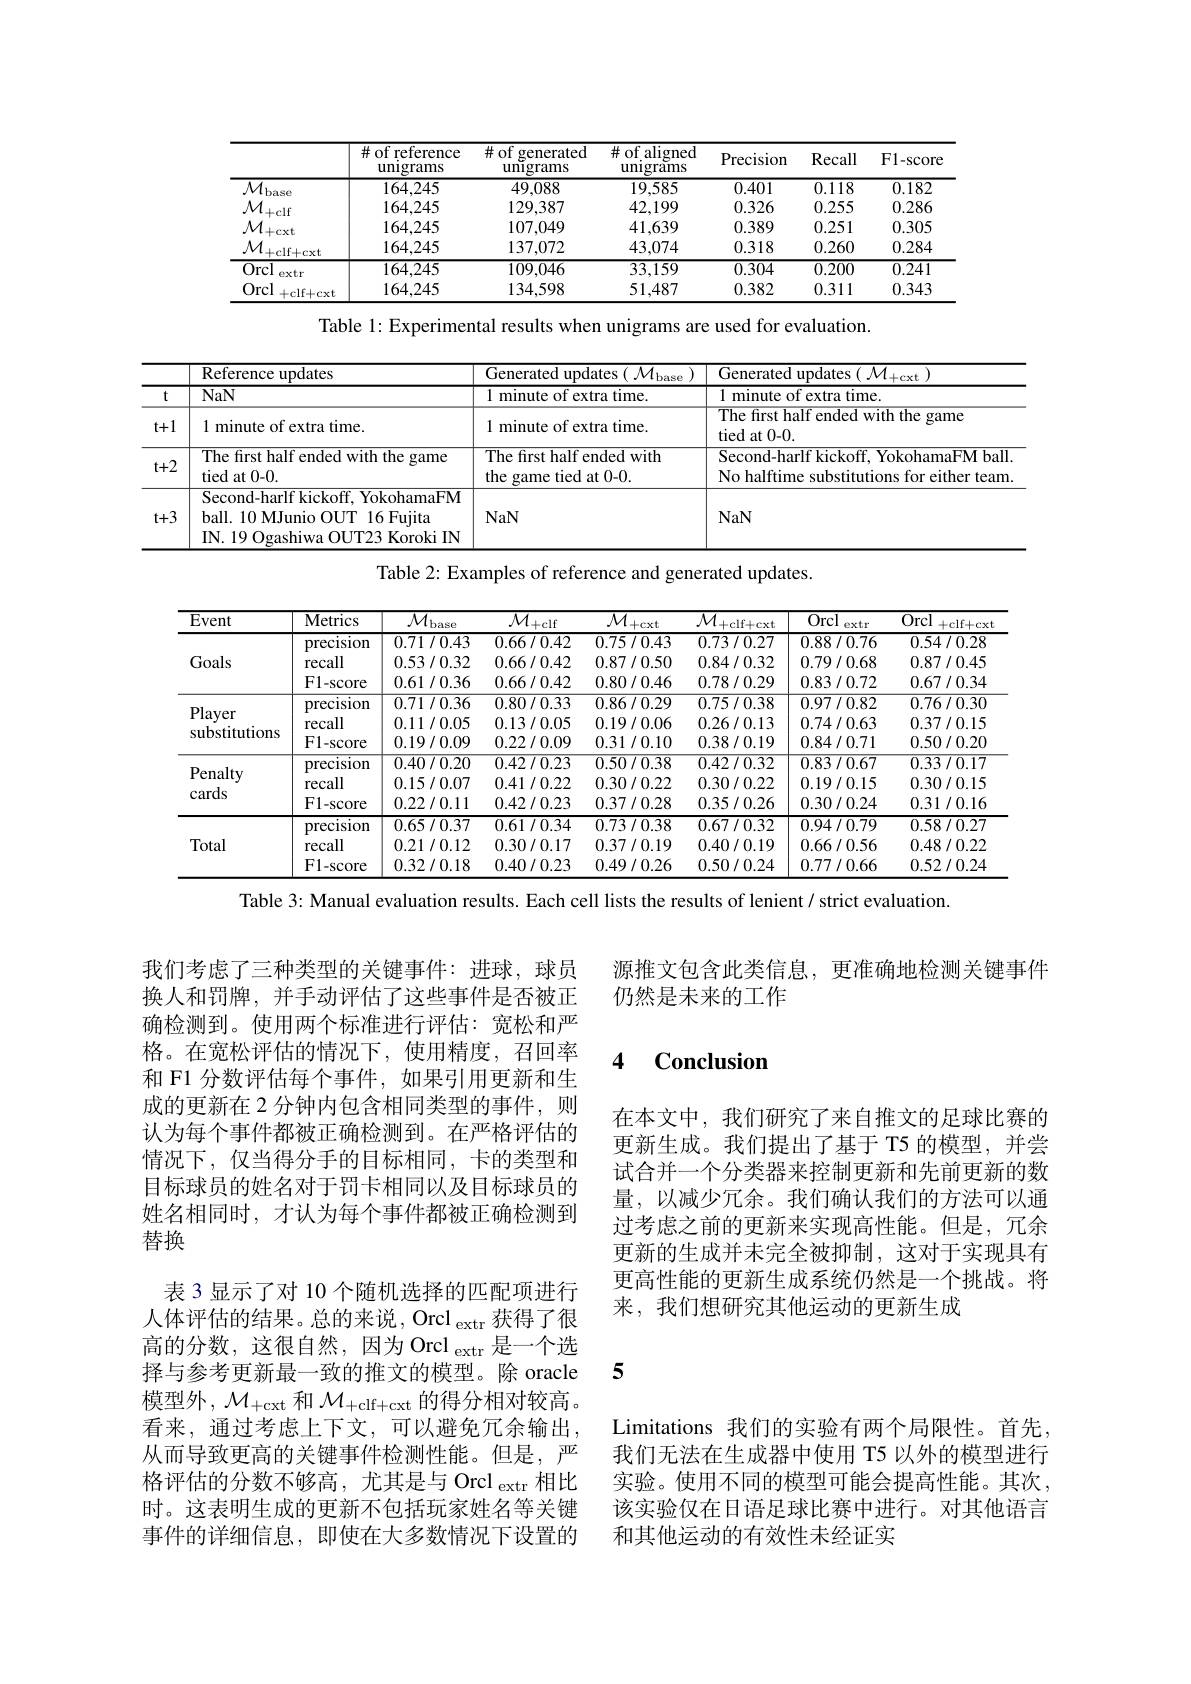
<table>
	<tbody>
		<tr>
			<th> </th>
			<th>$\#$of reference unıgrams</th>
			<th>$\#of$ generated unıgrams</th>
			<th>$\#$ of aligned unıgrams</th>
			<th>Precision</th>
			<th>Recall</th>
			<th>F1-score</th>
		</tr>
		<tr>
			<td>$\mathcal{M}.$ $l_{\mathrm{base}}$</td>
			<td>164,245</td>
			<td>49,088</td>
			<td>19,585</td>
			<td>0.401</td>
			<td>0.118</td>
			<td>0.182</td>
		</tr>
		<tr>
			<td>$\mathcal{M}$ $=Clf$</td>
			<td>164,245</td>
			<td>129,387</td>
			<td>42,199</td>
			<td>0.326</td>
			<td>0.255</td>
			<td>0.286</td>
		</tr>
		<tr>
			<td>$\mathcal{M}_{+\mathrm{cxt}}$</td>
			<td>164,245</td>
			<td>107,049</td>
			<td>41,639</td>
			<td>0.389</td>
			<td>0.251</td>
			<td>0.305</td>
		</tr>
		<tr>
			<td>$\mathcal{M}.$ $+clf+cxt$</td>
			<td>164,245</td>
			<td>137,072</td>
			<td>43,074</td>
			<td>0.318</td>
			<td>0.260</td>
			<td>0.284</td>
		</tr>
		<tr>
			<td>$\overline{\mathrm{Orcl}}$ extr</td>
			<td>164,245</td>
			<td>109,046</td>
			<td>$\overline{33,159}$</td>
			<td>0.304</td>
			<td>0.200</td>
			<td>0.241</td>
		</tr>
		<tr>
			<td>Orcl +clf+cxt</td>
			<td>164,245</td>
			<td>134,598</td>
			<td>51,487</td>
			<td>0.382</td>
			<td>0.311</td>
			<td>0.343</td>
		</tr>
	</tbody>
</table>

Table 1: Experimental results when unigrams are used for evaluation.

<table>
	<tbody>
		<tr>
			<th> </th>
			<th>Reference updates</th>
			<th>$\overline{{\mathrm{Generated~updates~}(\mathcal{M}_{\mathrm{base}}}}$</th>
			<th>$\overline{{\mathrm{Generated~updates~}(\mathcal{M}_{+\mathrm{cxt}}}}$</th>
		</tr>
		<tr>
			<td>t</td>
			<td>NaN</td>
			<td>1 minute of extra time</td>
			<td>1 minute of extra time.</td>
		</tr>
		<tr>
			<td>$t+1$</td>
			<td>1 minute of extra time.</td>
			<td>1 minute of extra time</td>
			<td>The first half ended with the game tied at 0-0.</td>
		</tr>
		<tr>
			<td>$t+2$</td>
			<td>The first half ended with the game tied at 0-0.</td>
			<td>The first half ended with the game tied at 0-0.</td>
			<td>Second-harlf kickoff, YokohamaFM ball No halftime substitutions for either team</td>
		</tr>
		<tr>
			<td>$t+3$</td>
			<td>Second-harlf kickoff, YokohamaFM ball. 10 MJunio OUT 16 Fujita IN. 19 Ogashiwa OUT23 Koroki IN</td>
			<td>NaN</td>
			<td>NaN</td>
		</tr>
	</tbody>
</table>

Table 2: Examples of reference and generated updates.

<table>
	<tbody>
		<tr>
			<th>$\overline{\text{Event}}$</th>
			<th>$\overline{\mathrm{Metrics}}$</th>
			<th>$\overline{\mathcal{M}_{\mathrm{base}}}$</th>
			<th>$\overline{\mathcal{M}_{+\mathrm{clf}}}$</th>
			<th>$\overline{M}$ +cxt</th>
			<th>$\overline{\mathcal{M}_{+\mathrm{clf}+\mathrm{cxt}}}$</th>
			<th>$\overline{\mathrm{Orcl}}$ extr</th>
			<th>Orcl +clf+cxt</th>
		</tr>
		<tr>
			<td rowspan="3">Goals</td>
			<td>precision</td>
			<td>0.71/0.43</td>
			<td>0.66/0.42</td>
			<td>0.75/0.43</td>
			<td>0.73/0.27</td>
			<td>0.88/0.76</td>
			<td>0.54/0.28</td>
		</tr>
		<tr>
			<td>recall</td>
			<td>0.53/0.32</td>
			<td>0.66/0.42</td>
			<td>0.87/0.50</td>
			<td>0.84/0.32</td>
			<td>0.79/0.68</td>
			<td>0.87/0.45</td>
		</tr>
		<tr>
			<td>F1- score</td>
			<td>0.61/0.36</td>
			<td>0.66/0.42</td>
			<td>0.80/0.46</td>
			<td>0.78/0.29</td>
			<td>0.83/0.72</td>
			<td>0.67/0.34</td>
		</tr>
		<tr>
			<td rowspan="3">Player substitutions</td>
			<td>precision</td>
			<td>0.71/0.36</td>
			<td>0.80/0.33</td>
			<td>0.86/0.29</td>
			<td>0.75/0.38</td>
			<td>0.97/0.82</td>
			<td>0.76/0.30</td>
		</tr>
		<tr>
			<td>recall</td>
			<td>0.11/0.05</td>
			<td>0.13/0.05</td>
			<td>0.19/0.06</td>
			<td>0.26/0.13</td>
			<td>0.74/0.63</td>
			<td>0.37/0.15</td>
		</tr>
		<tr>
			<td>F1- score</td>
			<td>0.19/0.09</td>
			<td>0.22/0.09</td>
			<td>0.31/0.10</td>
			<td>0.38/0.19</td>
			<td>0.84/0.71</td>
			<td>0.50/0.20</td>
		</tr>
		<tr>
			<td rowspan="3">Penalty cards</td>
			<td>preclsion</td>
			<td>0.40/0.20</td>
			<td>0.42/0.23</td>
			<td>0.50/0.38</td>
			<td>0.42/0.32</td>
			<td>0.83/0.67</td>
			<td>0.33/0.17</td>
		</tr>
		<tr>
			<td>recall</td>
			<td>0.15/0.07</td>
			<td>0.41/0.22</td>
			<td>0.30/0.22</td>
			<td>0.30/0.22</td>
			<td>0.19/0.15</td>
			<td>0.30/0.15</td>
		</tr>
		<tr>
			<td>${\mathrm{F1-score}}$</td>
			<td>0.22/0.11</td>
			<td>0.42/0.23</td>
			<td>0.37/0.28</td>
			<td>0.35/0.26</td>
			<td>0.30/0.24</td>
			<td>0.31/0.16</td>
		</tr>
		<tr>
			<td rowspan="3">Total</td>
			<td>precision</td>
			<td>0.65/0.37</td>
			<td>0.61/0.34</td>
			<td>0.73/0.38</td>
			<td>0.67/0.32</td>
			<td>0.94/0.79</td>
			<td>0.58/0.27</td>
		</tr>
		<tr>
			<td>recall</td>
			<td>0.21/0.12</td>
			<td>0.30/0.17</td>
			<td>0.37/0.19</td>
			<td>0.40/0.19</td>
			<td>0.66/0.56</td>
			<td>0.48/0.22</td>
		</tr>
		<tr>
			<td>F1- score</td>
			<td>0.32/0.18</td>
			<td>0.40/0.23</td>
			<td>0.49/0.26</td>
			<td>0.50/0.24</td>
			<td>0.77/0.66</td>
			<td>0.52/0.24</td>
		</tr>
	</tbody>
</table>

Table 3: Manual evaluation results. Each cell lists the results of lenient / strict evaluation.

源推文包含此类信息，更准确地检测关键事件
仍然是未来的工作

### 4 Conclusion

在本文中，我们研究了来自推文的足球比赛的更新生成。我们提出了基于 T5 的模型，并尝试合并一个分类器来控制更新和先前更新的数量，以减少冗余。我们确认我们的方法可以通过考虑之前的更新来实现高性能。但是，冗余更新的生成并未完全被抑制，这对于实现具有更高性能的更新生成系统仍然是一个挑战。将来，我们想研究其他运动的更新生成

我们考虑了三种类型的关键事件：进球，球员换人和罚牌，并手动评估了这些事件是否被正确检测到。使用两个标准进行评估：宽松和严格。在宽松评估的情况下，使用精度，召回率和 F1 分数评估每个事件，如果引用更新和生成的更新在 2 分钟内包含相同类型的事件，则认为每个事件都被正确检测到。在严格评估的情况下，仅当得分手的目标相同，卡的类型和目标球员的姓名对于罚卡相同以及目标球员的姓名相同时，才认为每个事件都被正确检测到替换
表 3 显示了对 10 个随机选择的匹配项进行人体评估的结果。总的来说，Orcl $_\mathrm{extr}$获得了很高的分数，这很自然，因为 Orcl extr 是一个选择与参考更新最一致的推文的模型。除 oracle 5
模型外，$\mathcal{M} _+$cxt和$\mathcal{M} _+$clf+cxt的得分相对较高。看来，通过考虑上下文，可以避免冗余输出从而导致更高的关键事件检测性能。但是，严格评估的分数不够高，尤其是与 Orcl extr 相比时。这表明生成的更新不包括玩家姓名等关键事件的详细信息，即使在大多数情况下设置的

Limitations 我们的实验有两个局限性。首先我们无法在生成器中使用 T5 以外的模型进行实验。使用不同的模型可能会提高性能。其次， 该实验仅在日语足球比赛中进行。对其他语言和其他运动的有效性未经证实